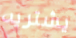
يشتريه